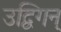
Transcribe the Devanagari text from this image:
उद्विगन्